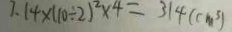
3 . 1 4 \times ( 1 0 \div 2 ) ^ { 2 } \times 4 = 3 1 4 ( c m ^ { 3 } )